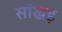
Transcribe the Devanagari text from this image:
सांखड़